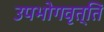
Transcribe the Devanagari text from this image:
उपभोगवृत्ति